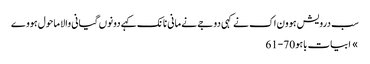
سب درویش ہوون اک نے کہی دوجے نے مانی نانک کہے دونوں گیانی والا ماحول ہووے
» ابیات باہو 70-61